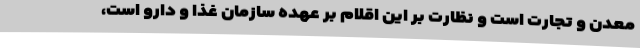
معدن و تجارت است و نظارت بر این اقلام بر عهده سازمان غذا و دارو است،